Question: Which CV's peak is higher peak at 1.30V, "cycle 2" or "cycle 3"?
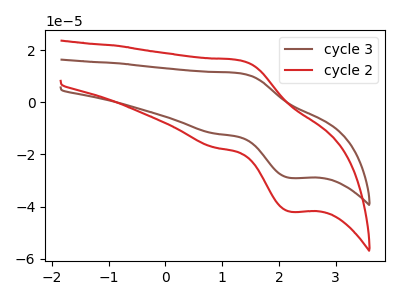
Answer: <think>The brown curve "cycle 3" has an anodic peak at (1.30V, 11.15uA) and a cathodic peak at (2.20V, -29.00uA). The red curve "cycle 2" has an anodic peak at (1.30V, 16.10uA) and a cathodic peak at (2.20V, -41.95uA).</think>
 <answer>The peak at 1.30V is higher in "cycle 2" than in "cycle 3".</answer>
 <eval>higher</eval>